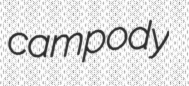
campody